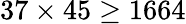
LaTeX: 37\times 45\geq 1664